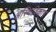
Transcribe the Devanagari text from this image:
अस्थिविकार